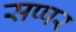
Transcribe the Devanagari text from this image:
सप्षर